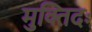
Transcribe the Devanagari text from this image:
मुक्तिदः